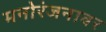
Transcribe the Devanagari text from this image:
मनोरंजनावर